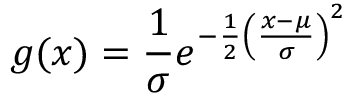
\displaystyle { g ( x ) = \frac { 1 } { \sigma } e ^ { - { \frac { 1 } { 2 } } \left( { \frac { x - \mu } { \sigma } } \right) ^ { 2 } } }